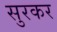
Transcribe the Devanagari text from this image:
सुरकर